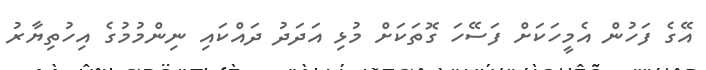
އޭގެ ފަހުން އެމީހަކަށް ފަސޭހަ ގޮތަކަށް މުޅި އަދަދު ދައްކައި ނިންމުމުގެ އިހުތިޔާރު